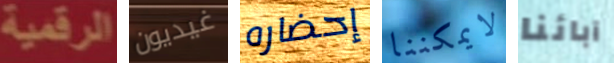
الرقمية غيديون إحضاره لايمكننا آبائنا